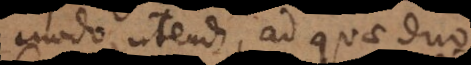
modo utendi, ad quae duo,